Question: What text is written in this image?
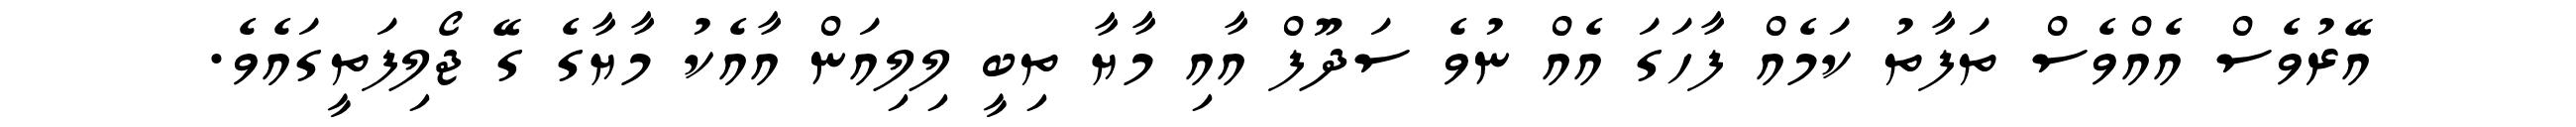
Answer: އޭރުވެސް އެއްވެސް ތަފާތު ކަމެއް ފާހަގަ އެއް ނުވެ ސަދޫފް އާއި މާޔާ ތިބީ ލިލިއަން އާއެކު މާޔާގެ ގޭ ޖޯލިފަތީގައެވެ.